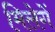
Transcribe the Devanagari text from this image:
मिलेगें